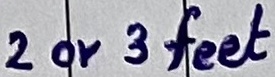
Text: 2 or 3 feet